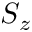
S _ { z }